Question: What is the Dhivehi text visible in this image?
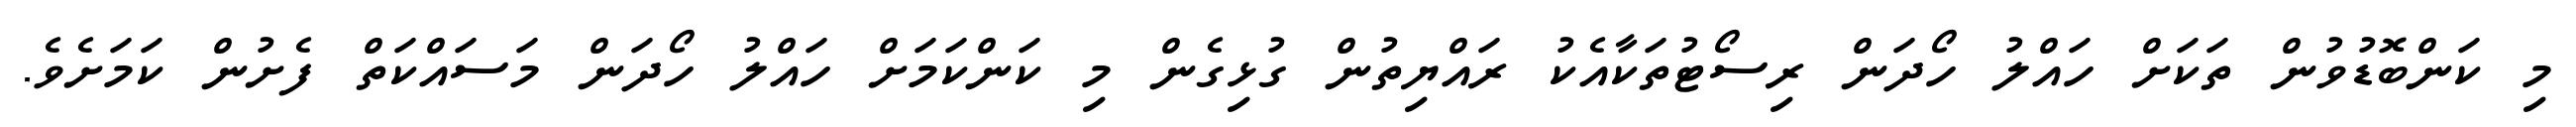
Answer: މި ކަންބޮޑުވުން ތަކަށް ހައްލު ހޯދަން ރިސޯޓުތަކާއެކު ރައްޔިތުން ގުޅިގެން މި ކަންކަމަށް ހައްލު ހޯދަން މަސައްކަތް ފެށުން ކަމަށެވެ.